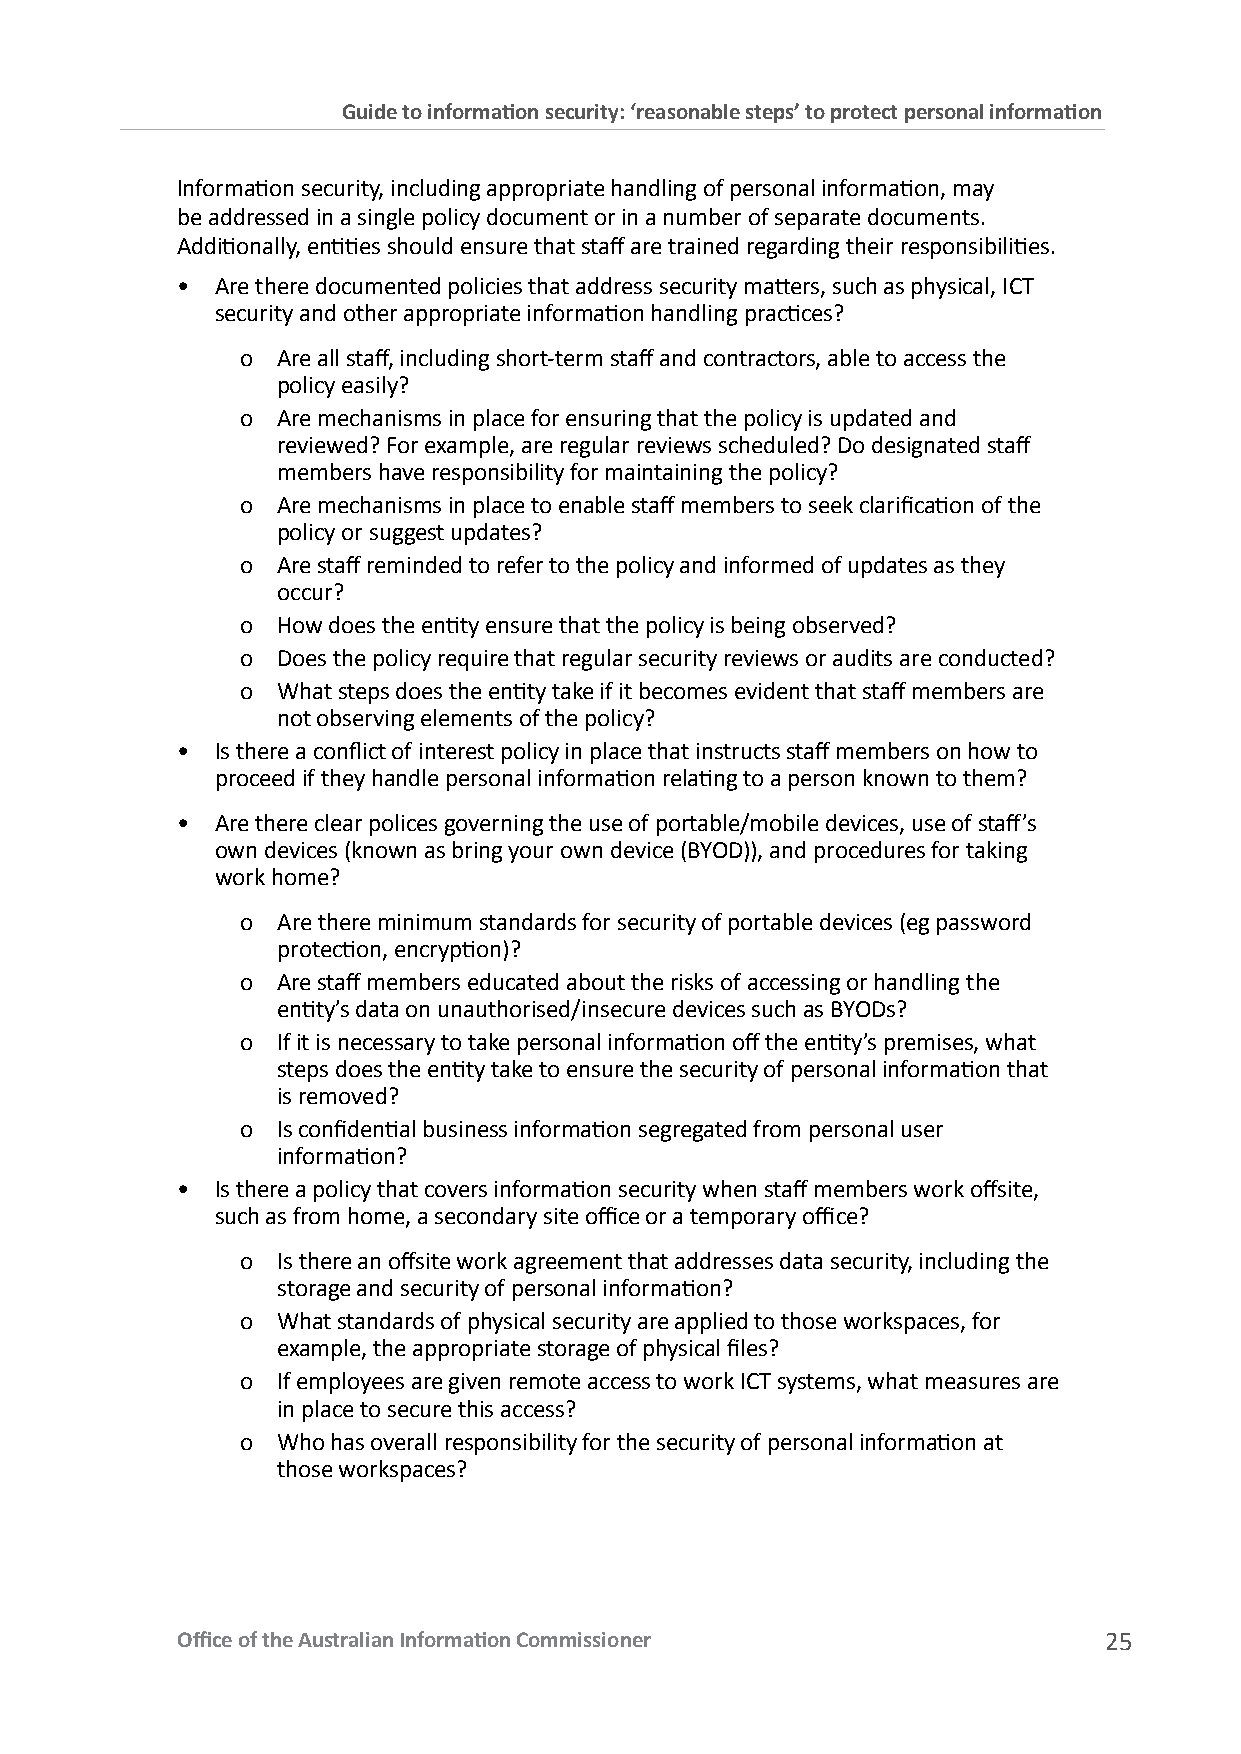
Guide to information security: ‘reasonable steps’ to protect personal information
 Information security, including appropriate handling of personal information, may
 be addressed in a single policy document or in a number of separate documents.
 Additionally, entities should ensure that staff are trained regarding their responsibilities.
 • Are there documented policies that address security matters, such as physical, ICT
 security and other appropriate information handling practices?
 o Are all staff, including short-term staff and contractors, able to access the
 policy easily?
 o Are mechanisms in place for ensuring that the policy is updated and
 reviewed? For example, are regular reviews scheduled? Do designated staff
 members have responsibility for maintaining the policy?
 o Are mechanisms in place to enable staff members to seek clarification of the
 policy or suggest updates?
 o Are staff reminded to refer to the policy and informed of updates as they
 occur?
 o How does the entity ensure that the policy is being observed?
 o Does the policy require that regular security reviews or audits are conducted?
 o What steps does the entity take if it becomes evident that staff members are
 not observing elements of the policy?
 • Is there a conflict of interest policy in place that instructs staff members on how to
 proceed if they handle personal information relating to a person known to them?
 • Are there clear polices governing the use of portable/mobile devices, use of staff’s
 own devices (known as bring your own device (BYOD)), and procedures for taking
 work home?
 o Are there minimum standards for security of portable devices (eg password
 protection, encryption)?
 o Are staff members educated about the risks of accessing or handling the
 entity’s data on unauthorised/insecure devices such as BYODs?
 o If it is necessary to take personal information off the entity’s premises, what
 steps does the entity take to ensure the security of personal information that
 is removed?
 o Is confidential business information segregated from personal user
 information?
 • Is there a policy that covers information security when staff members work offsite,
 such as from home, a secondary site office or a temporary office?
 o Is there an offsite work agreement that addresses data security, including the
 storage and security of personal information?
 o What standards of physical security are applied to those workspaces, for
 example, the appropriate storage of physical files?
 o If employees are given remote access to work ICT systems, what measures are
 in place to secure this access?
 o Who has overall responsibility for the security of personal information at
 those workspaces?
 Office of the Australian Information Commissioner            25